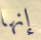
إنها